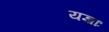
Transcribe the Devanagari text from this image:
यज्ञाः